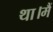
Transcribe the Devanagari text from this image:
था।मैं